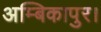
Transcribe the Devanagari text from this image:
अम्बिकापुर।